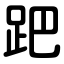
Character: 跁